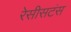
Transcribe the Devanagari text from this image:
रेसीसटंस